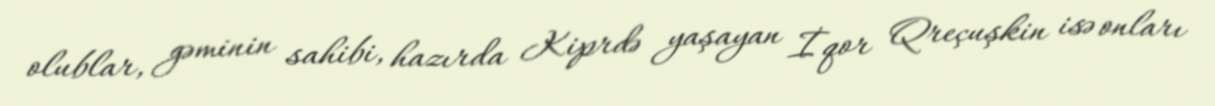
olublar, gəminin sahibi, hazırda Kiprdə yaşayan İqor Qreçuşkin isə onları